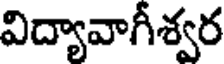
విద్యావాగీశ్వర